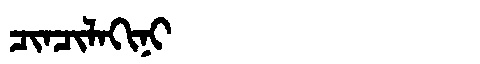
Manchu: ᠴᡳᠨᠴᡳᠯᠠᡴᡳᠨᡳ
Romanization: CINCILAKINI